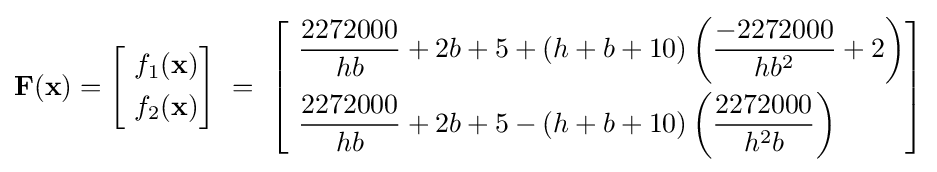
\mathbf {F} (\mathbf {x} )={\begin{bmatrix}{\begin{aligned}~&f_{1}(\mathbf {x} )\\~&f_{2}(\mathbf {x} )\end{aligned}}\end{bmatrix}}~=~{\begin{bmatrix}{\begin{aligned}~&{\frac {2272000}{hb}}+2b+5+(h+b+10)\left({\frac {-2272000}{hb^{2}}}+2\right)\\~&{\frac {2272000}{hb}}+2b+5-(h+b+10)\left({\frac {2272000}{h^{2}b}}\right)\end{aligned}}\end{bmatrix}}